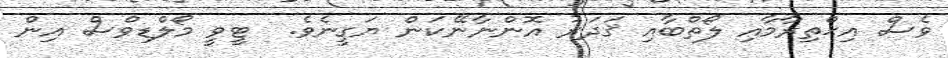
ވެސް އިޙްތިރާމާއި ލޯތްބާއި ޤަދަރު އޮންނާނޭކަން ޔަގީނެވެ.  ޓީވީ މޯލްޑިވްސް އިން